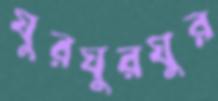
ঘুরঘুরঘুর